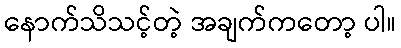
နောက်သိသင့်တဲ့ အချက်ကတော့ ပါ။